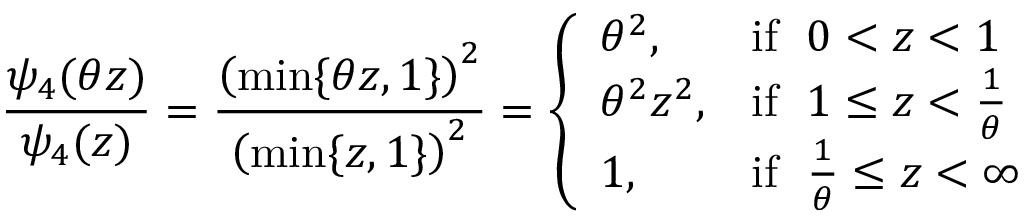
\frac { \psi _ { 4 } ( \theta z ) } { \psi _ { 4 } ( z ) } = \frac { \left( \operatorname* { m i n } \{ \theta z , 1 \} \right) ^ { 2 } } { \left( \operatorname* { m i n } \{ z , 1 \} \right) ^ { 2 } } = \left\{ \begin{array} { l l } { \theta ^ { 2 } , } & { \mathrm { i f ~ } \; 0 < z < 1 } \\ { \theta ^ { 2 } z ^ { 2 } , } & { \mathrm { i f ~ } \; 1 \leq z < \frac { 1 } { \theta } } \\ { 1 , } & { \mathrm { i f ~ } \; \frac { 1 } { \theta } \leq z < \infty } \end{array} \right.